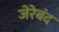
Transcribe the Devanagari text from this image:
जेरेबंद